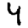
Digit: 4